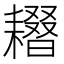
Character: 𦔢